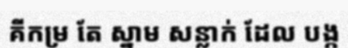
គីកម្រ តែ ស្នាម សន្លាក់ ដែល បង្ក